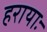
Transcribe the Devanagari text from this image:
हरायाः